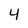
Character: 4